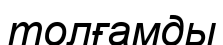
толғамды